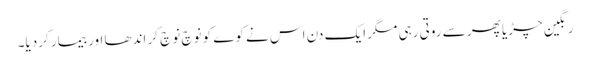
رنگین چڑیا پھر سے روتی رہی مگر ایک دن اس نے کوے کو نوچ نوچ کر اندھا اور بیمار کردیا۔